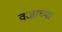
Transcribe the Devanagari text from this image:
वज्राच्या